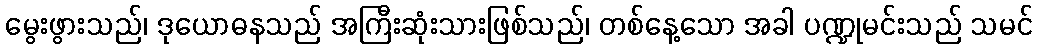
မွေးဖွားသည်၊ ဒုယောဓနသည် အကြီးဆုံးသားဖြစ်သည်၊ တစ်နေ့သော အခါ ပဏ္ဍုမင်းသည် သမင်